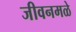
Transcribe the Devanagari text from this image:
जीवनमळे